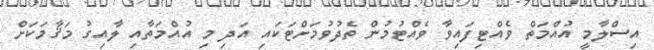
އިސްލާމީ އުއްމަތް ވެއްޓިފައިވާ ވެއްޓުމުން ތެދުވުމަށްޓަކައި އަދި މި އުއްމަތާއި ލާއިގު މަޤާމަކަށް